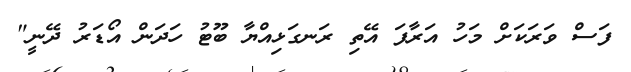
ފަސް ވަރަކަށް މަހު އަރާފަ އޭތި ރަނގަޅިއްޔާ ބޫޓު ހަދަން އޯޑަރު ދޭނީ"